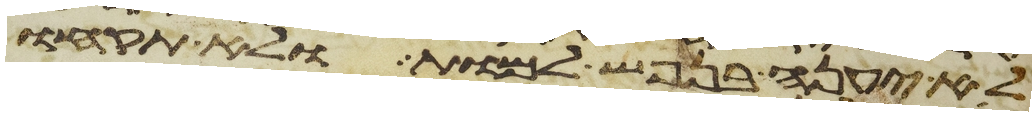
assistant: לא יענה בנפש למות ולא תקחו